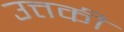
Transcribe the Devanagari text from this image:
उत्तकी